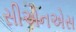
સીએનએસ